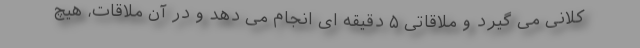
کلانی می گیرد و ملاقاتی ۵ دقیقه ای انجام می دهد و در آن ملاقات، هیچ